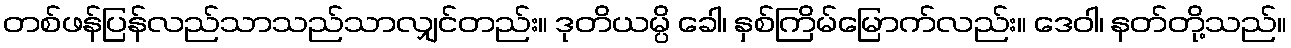
တစ်ဖန်ပြန်လည်သာသည်သာလျှင်တည်း။ ဒုတိယမ္ပိ ခေါ၊ နှစ်ကြိမ်မြောက်လည်း။ ဒေဝါ၊ နတ်တို့သည်။